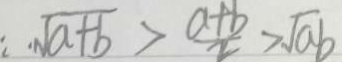
\because \sqrt { a + b } > \frac { a + b } { 2 } > \sqrt { a b }